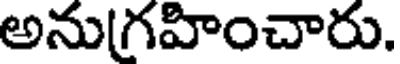
అను(గహించారు.